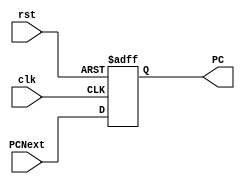
`timescale 1ns/1ps
module PC(clk, rst, PCNext, PC);
	input clk, rst;
	input [31:0] PCNext;
	output reg [31:0] PC;
	
	always @ (posedge clk or posedge rst)
	begin
		if (rst) PC <= 0;
		else 
		begin
			PC <= PCNext;
		end
	end
	
endmodule